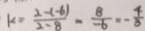
k = \frac { 2 - ( - 6 ) } { 2 - 8 } = \frac { 8 } { - 6 } = \frac { 4 } { 3 }